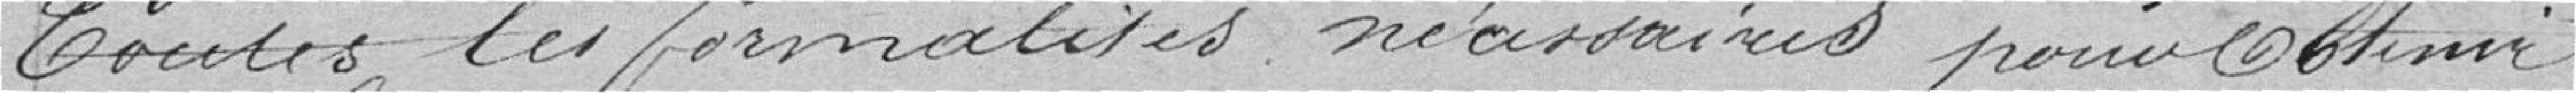
toutes les formalités nécessaires pour obtenir